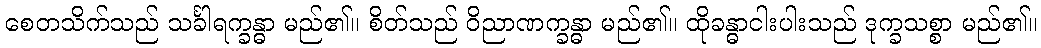
စေတသိက်သည် သင်္ခါရက္ခန္ဓာ မည်၏။ စိတ်သည် ဝိညာဏက္ခန္ဓာ မည်၏။ ထိုခန္ဓာငါးပါးသည် ဒုက္ခသစ္စာ မည်၏။